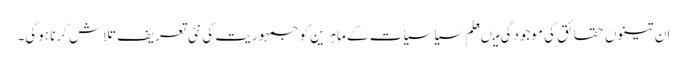
ان تینوں حقائق کی موجودگی میںعلم ِسیاسیات کے ماہرین کو جمہوریت کی نئی تعریف تلاش کرنا ہوگی۔